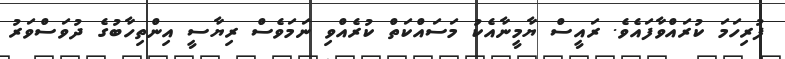
ފުރިހަމަ ކުރައްވާފައެވެ. ރައީސް ޔާމީނާއެކު މަސައްކަތް ކުރެއްވި ނަމަވެސް ރިޔާސީ އިންތިހާބުގެ ދުވަސްވަަރު